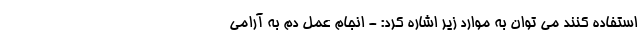
استفاده کنند می توان به موارد زیر اشاره کرد: - انجام عمل دم به آرامی